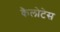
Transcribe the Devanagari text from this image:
कैलोटेस